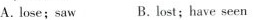
A. lose;saw B.lost;have seen